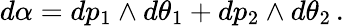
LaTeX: d\alpha=dp_{1}\wedge d\theta_{1}+dp_{2}\wedge d\theta_{2}\, .